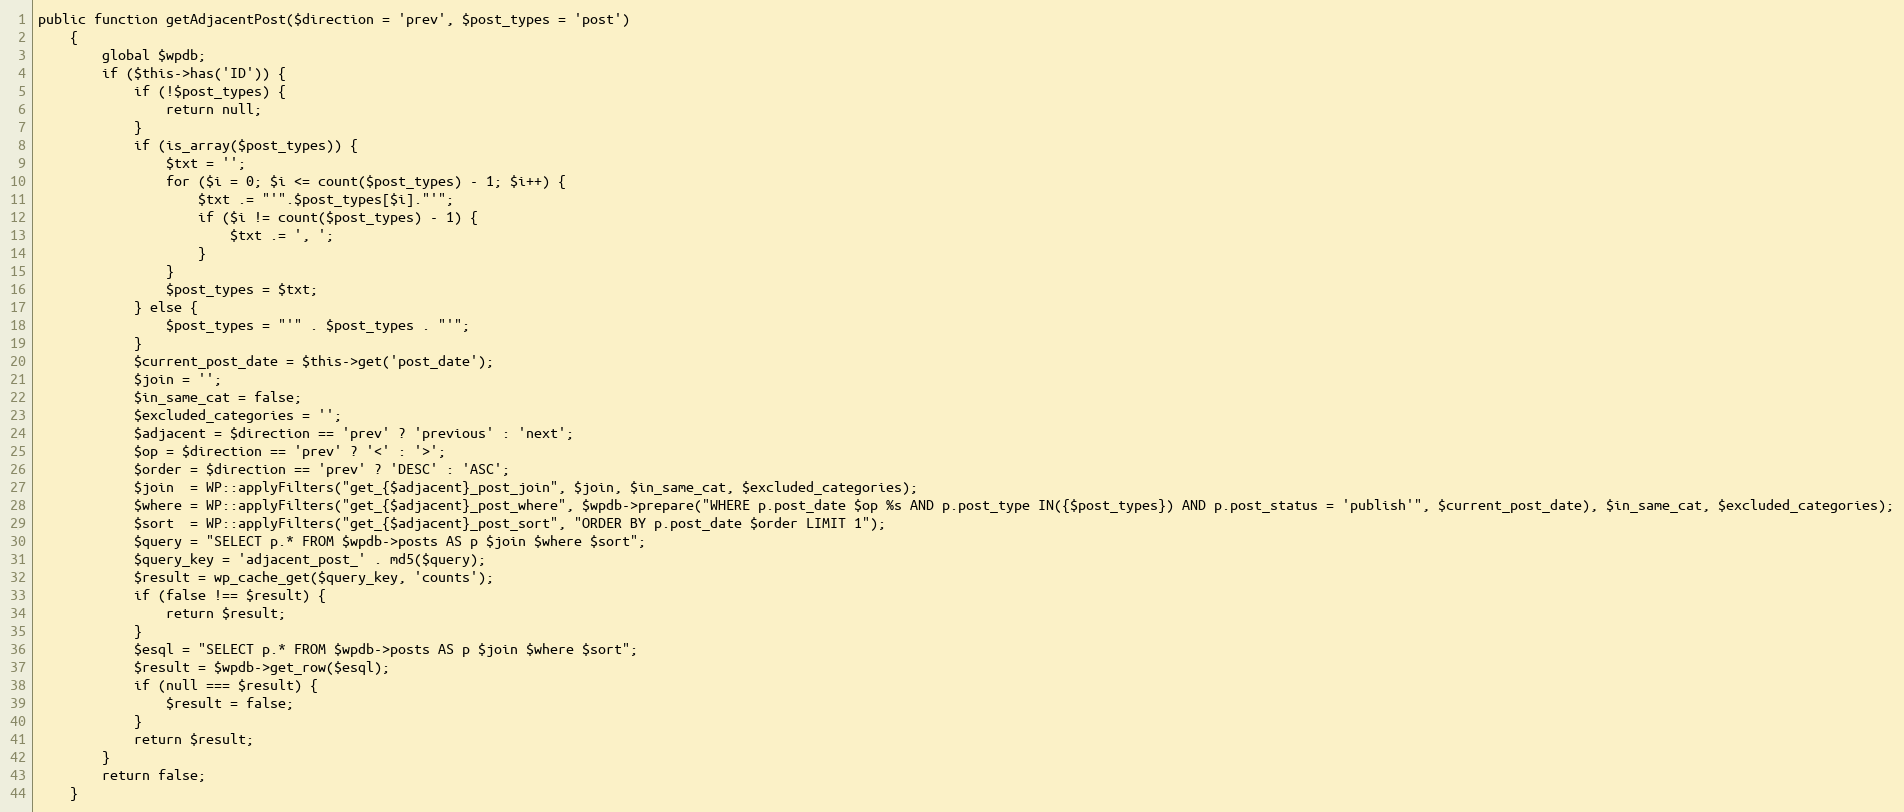
Language: PHP
public function getAdjacentPost($direction = 'prev', $post_types = 'post')
    {
        global $wpdb;
        if ($this->has('ID')) {
            if (!$post_types) {
                return null;
            }
            if (is_array($post_types)) {
                $txt = '';
                for ($i = 0; $i <= count($post_types) - 1; $i++) {
                    $txt .= "'".$post_types[$i]."'";
                    if ($i != count($post_types) - 1) {
                        $txt .= ', ';
                    }
                }
                $post_types = $txt;
            } else {
                $post_types = "'" . $post_types . "'";
            }
            $current_post_date = $this->get('post_date');
            $join = '';
            $in_same_cat = false;
            $excluded_categories = '';
            $adjacent = $direction == 'prev' ? 'previous' : 'next';
            $op = $direction == 'prev' ? '<' : '>';
            $order = $direction == 'prev' ? 'DESC' : 'ASC';
            $join  = WP::applyFilters("get_{$adjacent}_post_join", $join, $in_same_cat, $excluded_categories);
            $where = WP::applyFilters("get_{$adjacent}_post_where", $wpdb->prepare("WHERE p.post_date $op %s AND p.post_type IN({$post_types}) AND p.post_status = 'publish'", $current_post_date), $in_same_cat, $excluded_categories);
            $sort  = WP::applyFilters("get_{$adjacent}_post_sort", "ORDER BY p.post_date $order LIMIT 1");
            $query = "SELECT p.* FROM $wpdb->posts AS p $join $where $sort";
            $query_key = 'adjacent_post_' . md5($query);
            $result = wp_cache_get($query_key, 'counts');
            if (false !== $result) {
                return $result;
            }
            $esql = "SELECT p.* FROM $wpdb->posts AS p $join $where $sort";
            $result = $wpdb->get_row($esql);
            if (null === $result) {
                $result = false;
            }
            return $result;
        }
        return false;
    }